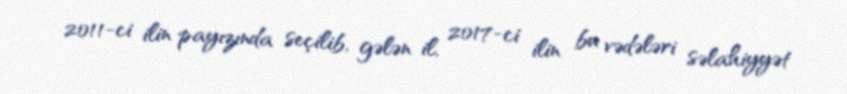
2011-ci ilin payızında seçilib, gələn il, 2017-ci ilin bu vədələri səlahiyyət